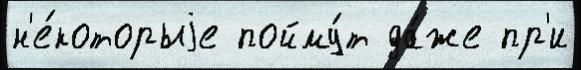
н'е́которыjе пойму́т да́же пр'и